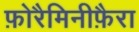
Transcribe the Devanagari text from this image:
फ़ोरैमिनीफ़ैरा